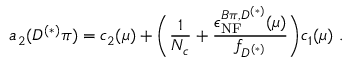
a _ { 2 } ( D ^ { ( * ) } \pi ) = c _ { 2 } ( \mu ) + \Bigg ( \frac { 1 } { N _ { c } } + \frac { \epsilon _ { \mathrm { N F } } ^ { B \pi , D ^ { ( * ) } } ( \mu ) } { f _ { D ^ { ( * ) } } } \Bigg ) c _ { 1 } ( \mu ) ~ .